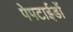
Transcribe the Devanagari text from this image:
पेपटाईडों